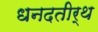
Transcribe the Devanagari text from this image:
धनदतीर्थ